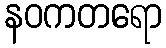
နဝကတရော